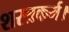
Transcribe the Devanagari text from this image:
शस्त्रकर्म।